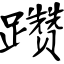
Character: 躜